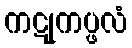
ကဋုကပ္ဖလံ